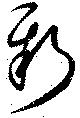
新